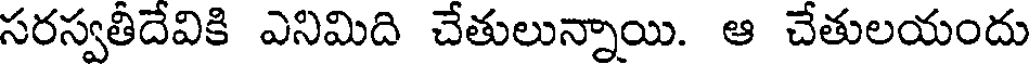
సరస్వతీదేవికి ఎనిమిది చేతులున్నాయి. ఆ చేతులయందు